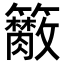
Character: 𥷭